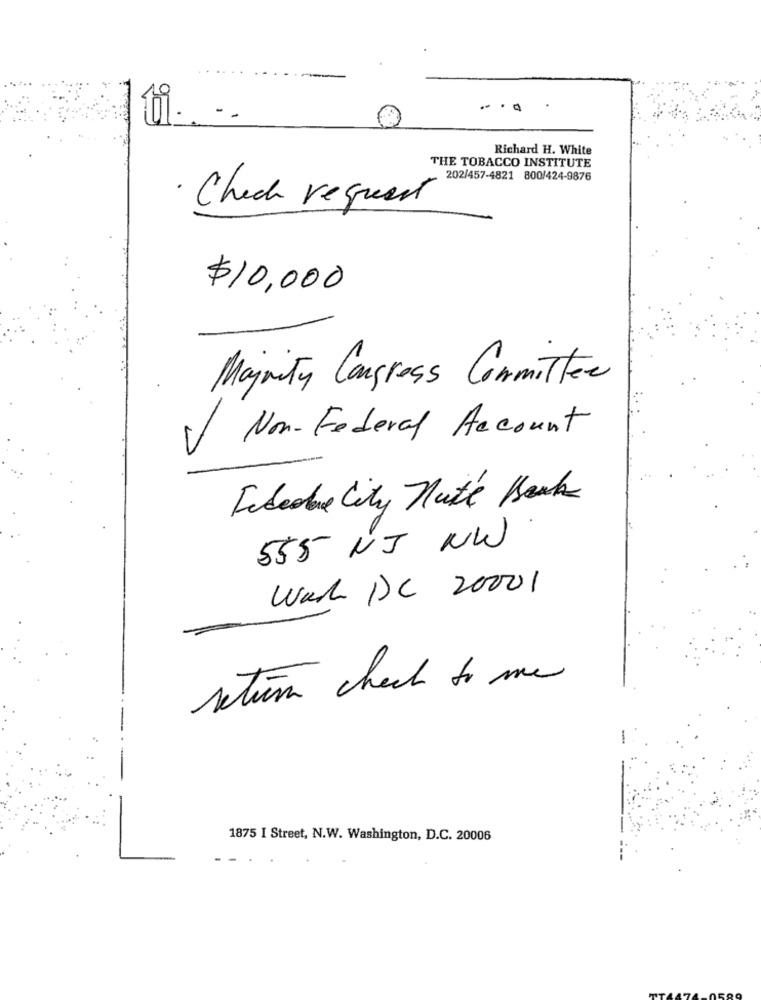
.....
--
Richard H. White
THE TOBACCO INSTITUTE
202/457-4821 800/424-9876
· Check request
$10,000
Majority Congress Committee
Non-Federal Account
Fidedue City Nute Berk
555 NJ NW
Wah DC 20001
retur check to me
1875 I Street, N.W. Washington, D.C. 20006